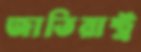
জাতিরাষ্ট্র